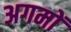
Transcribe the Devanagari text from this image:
अगमों